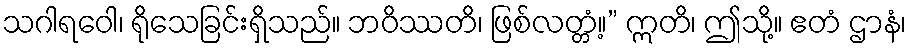
သဂါရဝေါ၊ ရိုသေခြင်းရှိသည်။ ဘဝိဿတိ၊ ဖြစ်လတ္တံ့။” ဣတိ၊ ဤသို့။ ဧတံ ဌာနံ၊